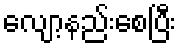
လျော့နည်းစေပြီး